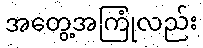
အတွေ့အကြုံလည်း